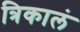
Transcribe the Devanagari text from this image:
त्रिकालं